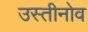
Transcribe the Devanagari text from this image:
उस्तीनोव